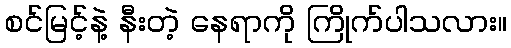
စင်မြင့်နဲ့ နီးတဲ့ နေရာကို ကြိုက်ပါသလား။